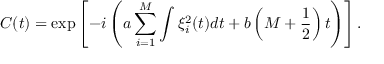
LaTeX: C ( t ) = \exp \left[ - i \left( a \sum _ { i = 1 } ^ { M } \int \xi _ { i } ^ { 2 } ( t ) d t + b \left( M + \frac { 1 } { 2 } \right) t \right) \right] .